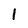
Character: 1